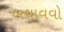
બચાવવો